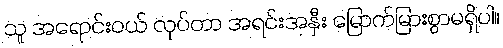
သူ အရောင်းဝယ် လုပ်တာ အရင်းအနှီး မြောက်မြားစွာမရှိပါ။